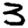
Digit: 3